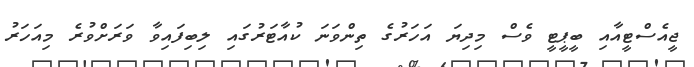
ޖީއެސްޓީއާއި ބީޕީޓީ ވެސް މިދިޔަ އަހަރުގެ ތިންވަނަ ކުއާޓަރުގައި ލިބިފައިވާ ވަރަށްވުރެ މިއަހަރު